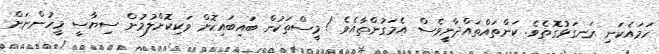
ހަމައެކަނި ރަނގަޅުގޮތެވެ. ކަންތައްތައްދާނީވެސް އެމަގުންތާއެވެ ! މީސްތަކުން ބައިބައިކޮށް ވަކިކޮށްލުމުން ސިޔާސީ މީހުންނަށް